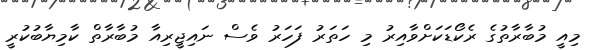
މިއީ މުބާރާތުގެ ރެކޯޑަކަށްވާއިރު މި ހަތަރު ފަހަރު ވެސް ނައިޖީރިއާ މުބާރާތް ކާމިޔާބުކުރީ